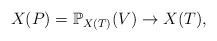
\begin{align*} X(P) = \mathbb{P}_{X(T)}(V) \to X(T),\end{align*}